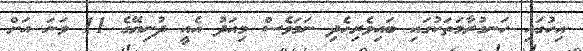
އިހުގައި ހަނގުރާމަތަކުގައި ބައިވެރިހެދި ނަމަވެސް މިއަދު އެއީ ދުނިޔޭގެ 11 ވަނަ އަށް